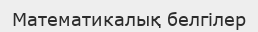
Математикалық белгілер